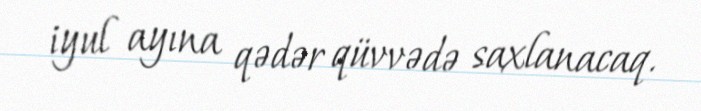
iyul ayına qədər qüvvədə saxlanacaq.